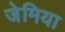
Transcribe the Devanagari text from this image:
जेमिया